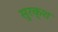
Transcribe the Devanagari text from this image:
सुरक्श